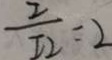
\frac { I } { I _ { 2 } } = 2